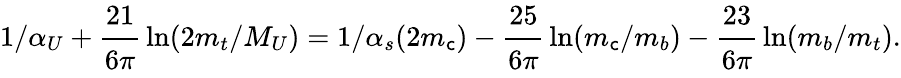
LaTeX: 1/\alpha_{U}+{\displaystyle\cfrac{21}{6\pi}}\ln(2m_{t}/M_{U})=1/\alpha_{s}(2m_{\mathsf{c}})-{\displaystyle\cfrac{25}{6\pi}}\ln(m_{\mathsf{c}}/m_{b})-{\displaystyle\cfrac{23}{6\pi}}\ln(m_{b}/m_{t}).